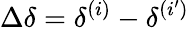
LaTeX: \Delta\delta=\delta^{(i)}-\delta^{(i^{\prime})}